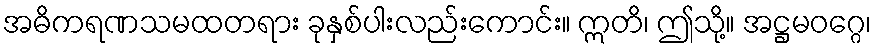
အဓိကရဏသမထတရား ခုနှစ်ပါးလည်းကောင်း။ ဣတိ၊ ဤသို့။ အဋ္ဌမဝဂ္ဂေ၊